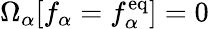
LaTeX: \Omega_{\alpha}[f_{\alpha}=f_{\alpha}^{\mathrm{eq}}]=0